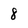
Character: 8